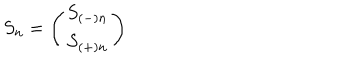
S _ { n } = \left( \begin{array} { c } { { S _ { ( - ) n } } } \\ { { S _ { ( + ) n } } } \\ \end{array} \right)